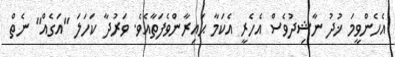
އެހެންވީމަ ޚުދު ނާޝިދުވެސް އެހެރީ އެކަމާ ޙައިރާންވެފަތާއެވެ. ވަރުދާ ކަހަލަ "އަގެއް" ނެތް